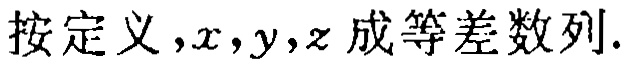
按定义，\(x,y,z\)成等差数列.